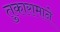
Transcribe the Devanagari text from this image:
तुकारामाने